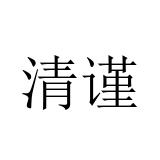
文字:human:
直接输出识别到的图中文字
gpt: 清谨